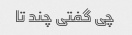
چی گفتی چند تا